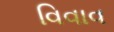
વિવાવ